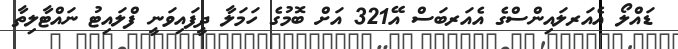
ޑައްލޯ އެއަރލައިންސްގެ އެއަރބަސް އޭ321 އަށް ބޮމުގެ ހަމަލާ ދީފައިވަނީ ފްލައިޓު ނައްޓާލިތާ